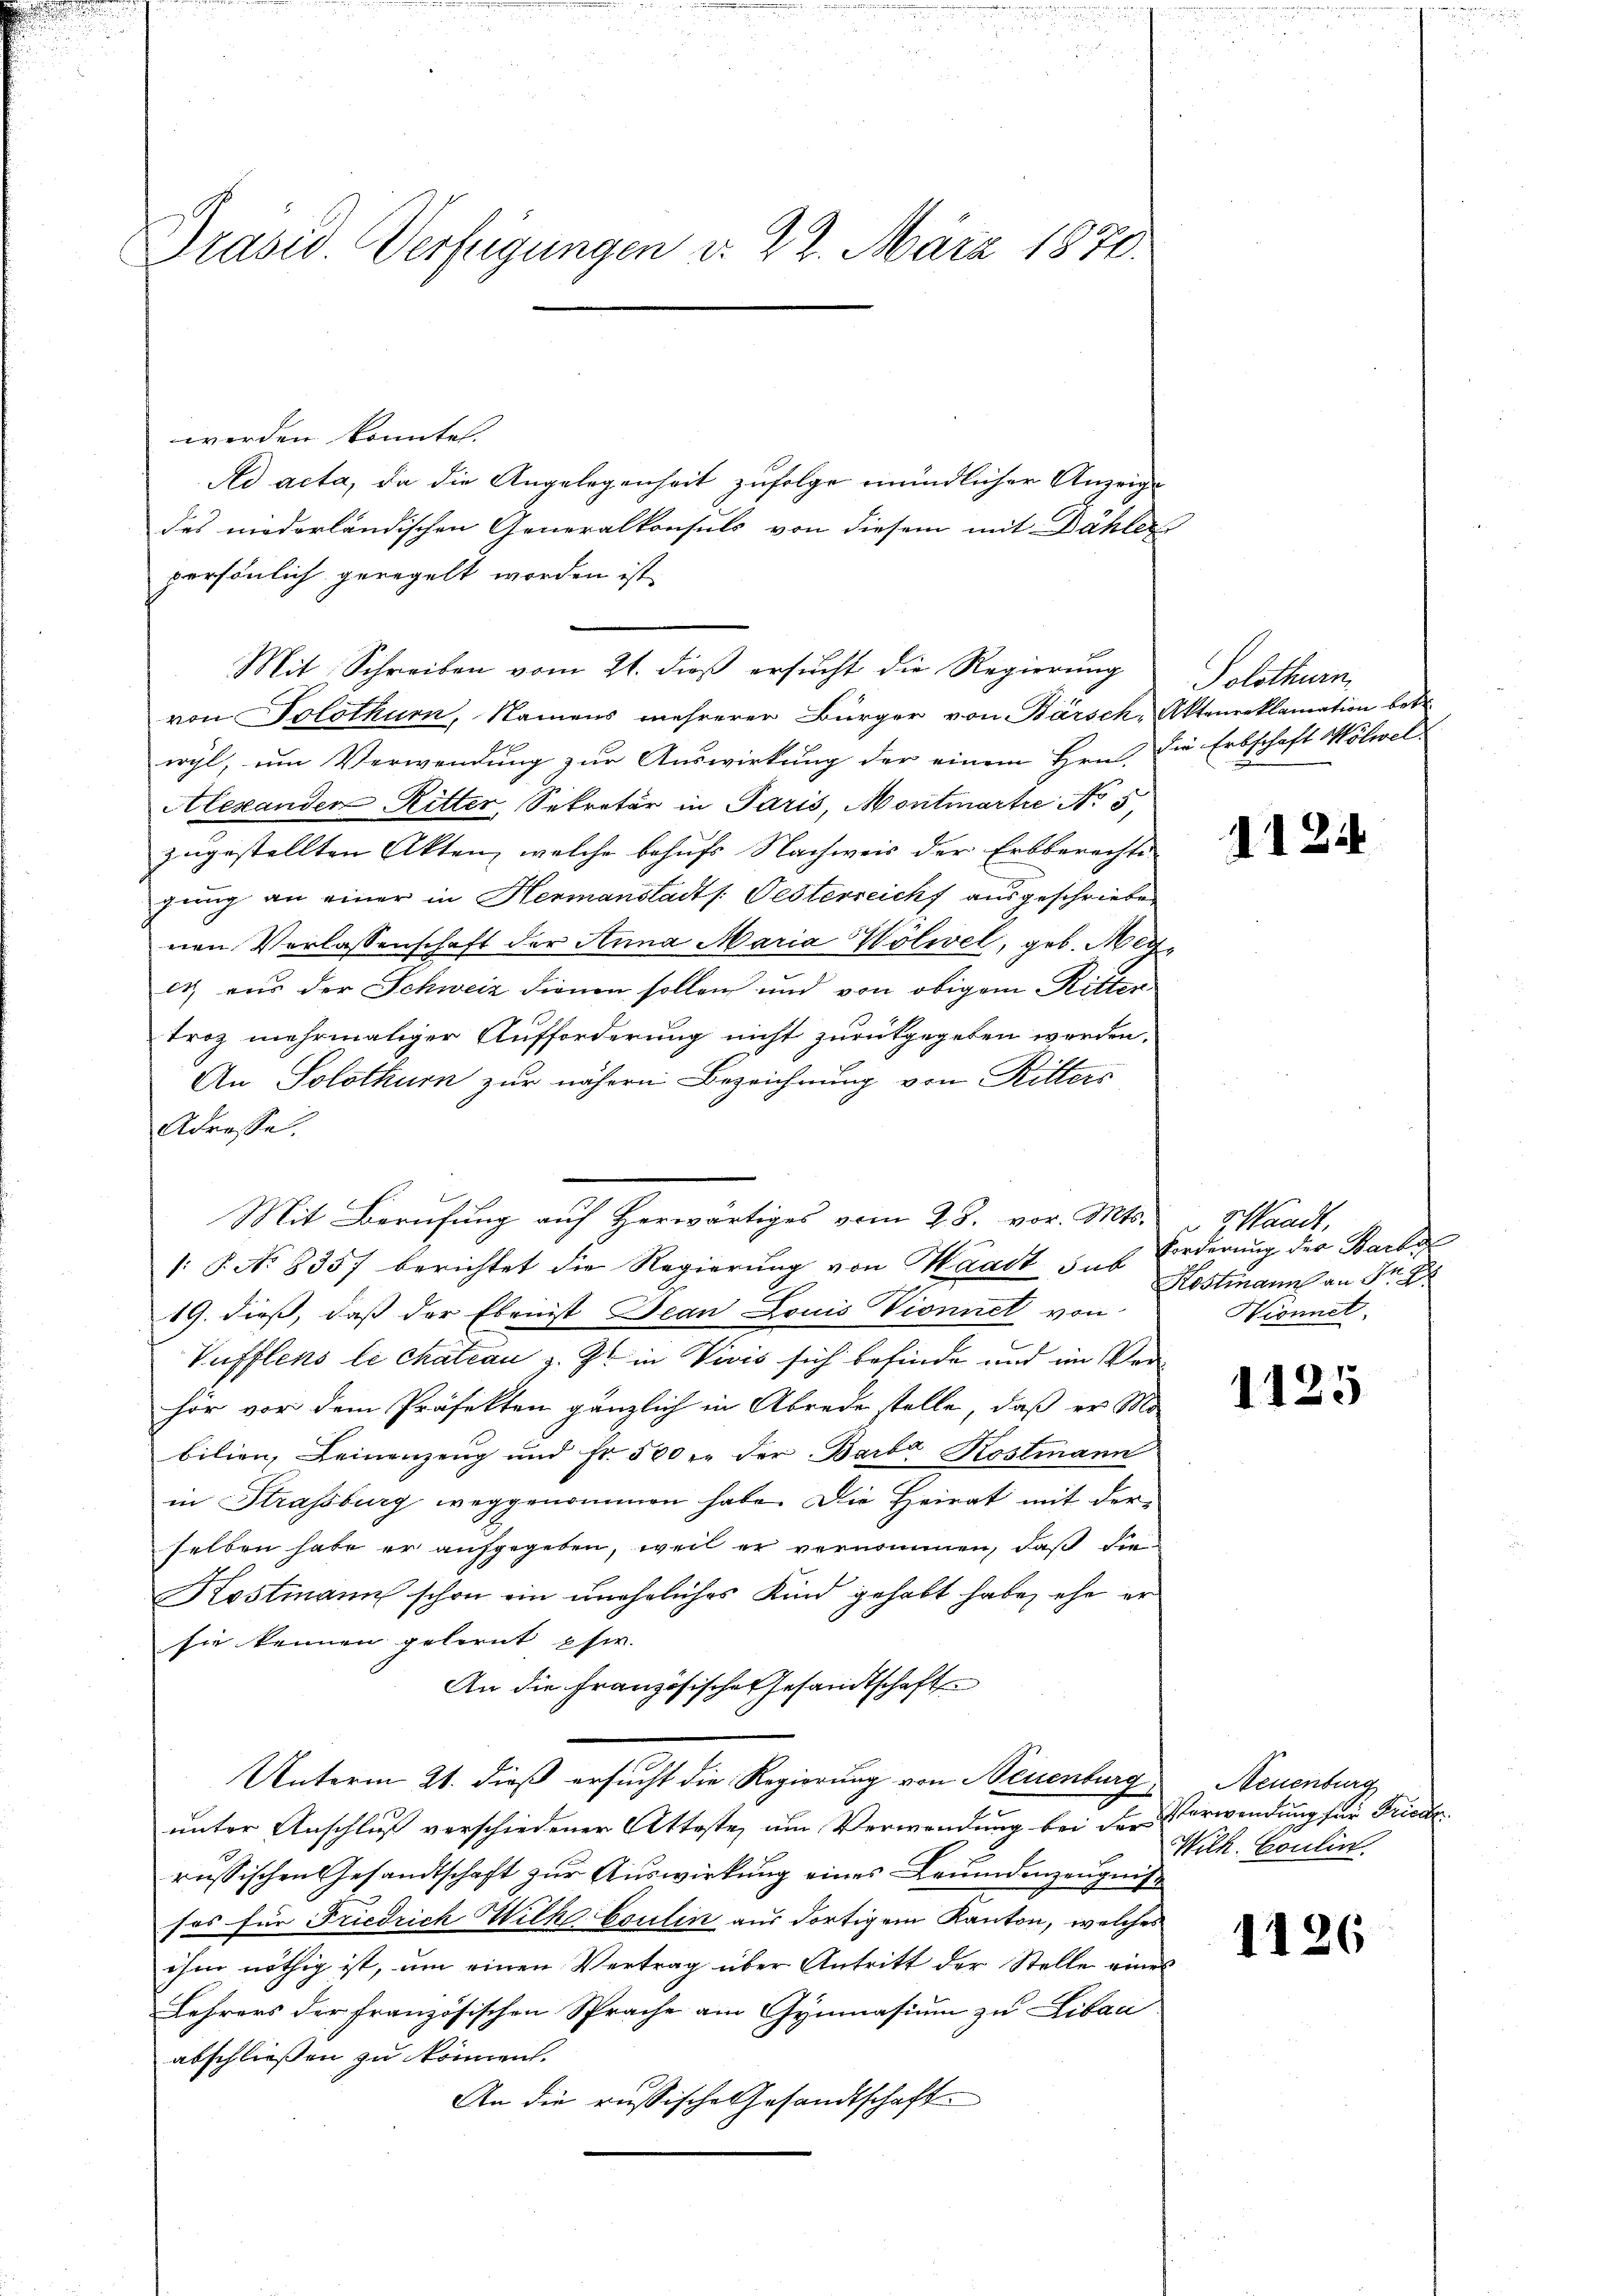
Präsed. Verfügungen d. 22. März 1870.

werden könnte.
Ad acta, da die Angelegenheit zufolge mündlicher Anzeige
des mederländischen Generalkonsuls von diesem mit Dähler
persönlich geregelt worden ist.
Mit Schreiben vom 21. dieß ersucht die Regierung
von Solothurn, Namens mehrerer Bürger von Barsch, Aktenreklamation betr.
wyl, um Verwendung zur Auswirkung der einem Hrn. Die Erbschaft Wölwel-
Alexanden Ritter, Sekretär in Paris, Montmartie No 5,
zugestellten Akten, welche behufs Nachweis der Erbberechte
gung an einer in Hermanstadts. Oesterreich ausgeschrieben
nen Verlassenschaft der Anna Maria Wölwel, geb. Meyct aus der Schweiz dienen sollen und von obigem Ritter
Troz mehrmaliger Aufforderung nicht zurückgegeben worden.
An Solothur zur nähern Bezeichnung von Ritters
Adresse.
Mit Berufung auf herwärtiges vom 28. vor. Mts.
1: P. No 835) berichtet die Regierung von Waadt sub
19. dieß, daß der Ebenst Jean Louis Vionnet von
Vufflens le chatian z. Zt. in Vivis sich befinde und im Verhör vor dem Präfekten gänzlich in Abrede stelle, daß er Mo
bilien, Leinanzeng und Fr. 500 r. der Barba Kostmann
in Strassburg weggenommen habe. Die Heirat mit der
selben habe er aufgegeben, weil er vernommen, daß die¬
Kostmann schon ein uneheliches Kind gehabt habe, ehe er
sie kennen gelernt phir.
An die Französisches Gesandtschaft
Unterm 21. dieß ersucht die Regierung von Neuenburg,
unter Anschluß verschiedener Atteste, um Verwendung bei der
russischen Gesandtschaft zur Auswirkung eines Leumdenzeugnis
fes für Friedrich Wilk Esulin aus dortigem Kanton, welches
ihm nöthig ist, um einen Vertrag über Antritt der Stelle eines
Lehrers der französischen Sprache am Gymnasium zu Libaa
abschließen zu können.
An die russische Gesandtschaft

Solothurn

.

1

25

Sandt,
Forderung der Barbe
Kostmann an Nr. 4
Wonnet,

25

Neuenburg
Verwendung für Friede
Wilk, Coulin.

1126